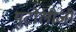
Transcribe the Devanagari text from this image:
युटोलोजी